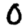
Digit: 0